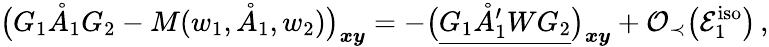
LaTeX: \big(G_{1}\mathring{A}_{1}G_{2}-M(w_{1},\mathring{A}_{1},w_{2})\big)_{\boldsymbol{x}\boldsymbol{y}}=-\big(\underline{{G_{1}\mathring{A}_{1}^{\prime}WG_{2}}}\big)_{\boldsymbol{x}\boldsymbol{y}}+\mathcal{O}_{\prec}\big(\mathcal{E}_{1}^{\mathrm{iso}}\big)\, ,